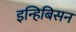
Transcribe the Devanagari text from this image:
इन्हिबिसन